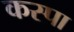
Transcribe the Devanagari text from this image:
कस्पा